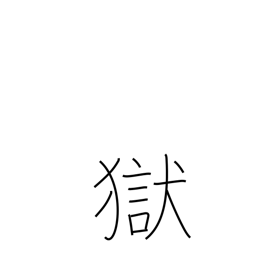
Meaning: jail